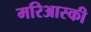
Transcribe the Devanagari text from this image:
मरिआस्की